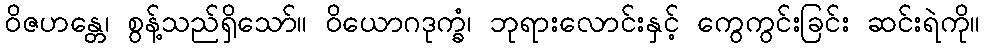
ဝိဇဟန္တေ၊ စွန့်သည်ရှိသော်။ ဝိယောဂဒုက္ခံ၊ ဘုရားလောင်းနှင့် ကွေကွင်းခြင်း ဆင်းရဲကို။